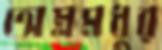
অম্লমধুর